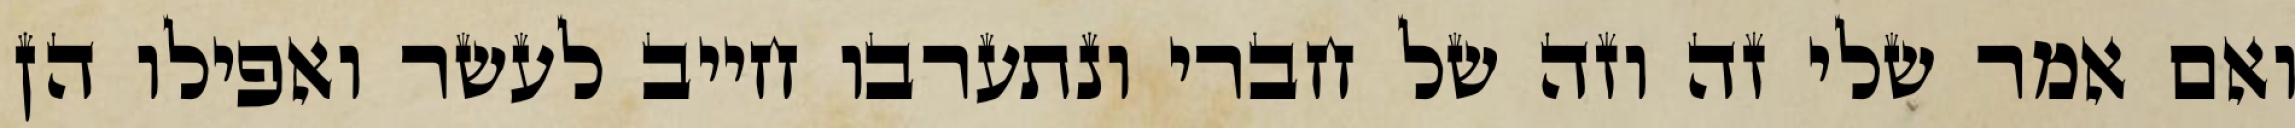
ואם אמר שלי זה וזה של חברי ונתערבו חייב לעשר ואפילו הן